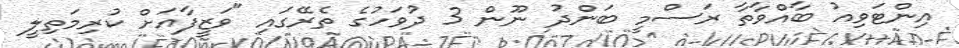
އިންޓަވިއު ބާއްވާތާ ރަސްމީ ބަންދު ނޫން 3 ދުވަހުގެ ތެރޭގައި "ވަޒީފާއަށް ކުރިމަތިލީ